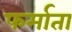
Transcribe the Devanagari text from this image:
फर्माता